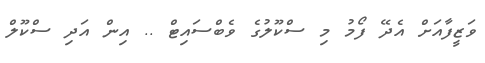
ވަޒީފާއަށް އެދޭ ފޯމު މި ސްކޫލުގެ ވެބްސައިޓް .. އިން އަދި ސްކޫލް